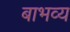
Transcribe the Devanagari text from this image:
बाभव्य